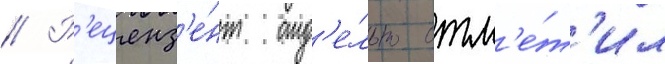
// Р'еценз'е́нт отд'е́льно отм'е́т'ил